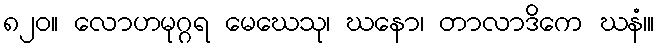
၈၂၀။ လောဟမုဂ္ဂရ မေဃေသု၊ ဃနော၊ တာလာဒိကေ ဃနံ၊။